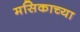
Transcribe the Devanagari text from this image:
मसिकाच्या